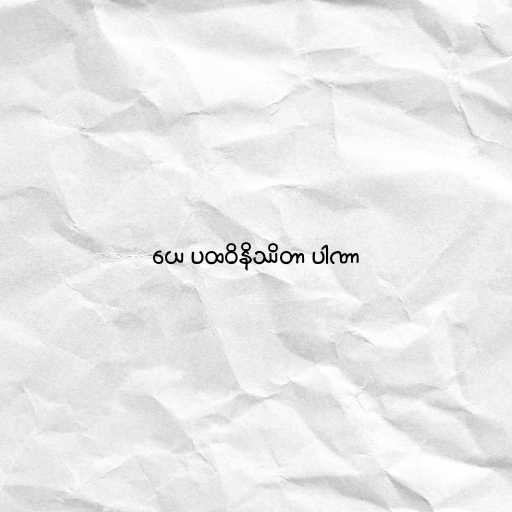
ယေ ပထဝိနိဿိတာ ပါဏာ